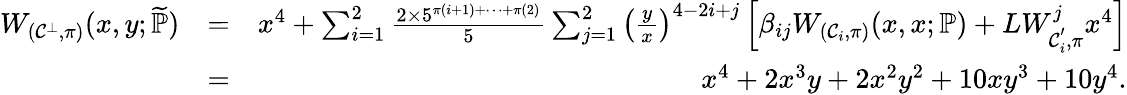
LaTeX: \begin{array}{rlr}{W_{(\mathcal{C}^{\bot},\pi)}(x,y;\widetilde{\mathbb{P}})}&{=}&{x^{4}+\sum_{i=1}^{2}\frac{2\times 5^{\pi(i+1)+\cdots+\pi(2)}}{5}\sum_{j=1}^{2}\left(\frac{y}{x}\right)^{4-2i+j}\left[\beta_{ij}W_{(\mathcal{C}_{i},\pi)}(x,x;\mathbb{P})+LW_{\mathcal{C}_{i}^{'},\pi}^{j}x^{4}\right]}\\ &{=}&{x^{4}+2x^{3}y+2x^{2}y^{2}+10xy^{3}+10y^{4}.}\end{array}